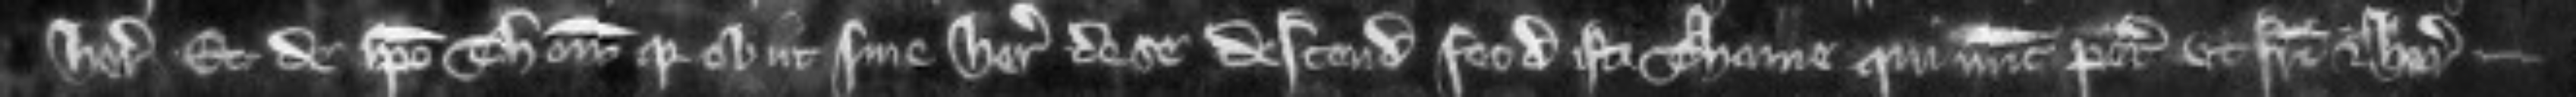
heredi et de ipso Thoma quia obiit sine herede de se descendit feodum isti Thome qui nunc petit ut fratri et heredi